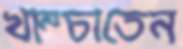
খাম্‌চাতেন